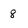
Character: 8